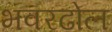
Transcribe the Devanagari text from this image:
भवरढोल